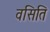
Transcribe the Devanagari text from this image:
वसिति